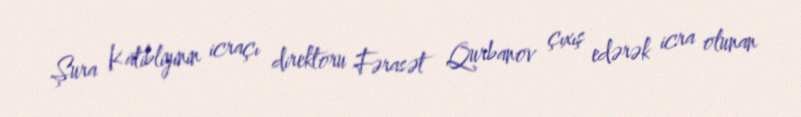
Şura Katibliyinin icraçı direktoru Fərasət Qurbanov çıxış edərək icra olunan